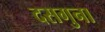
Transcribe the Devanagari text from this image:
दसगुना